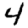
Digit: 4